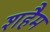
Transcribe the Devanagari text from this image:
शहैम